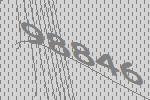
98846